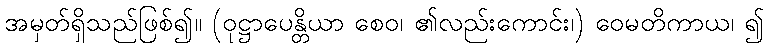
အမှတ်ရှိသည်ဖြစ်၍။ (ဝုဋ္ဌာပေန္တိယာ စေဝ၊ ၏လည်းကောင်း၊) ဝေမတိကာယ၊ ၍